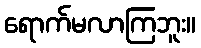
ရောက်မလာကြဘူး။